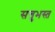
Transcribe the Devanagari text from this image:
सत्तुभस्त